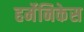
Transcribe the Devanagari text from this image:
हर्मेनिकेस